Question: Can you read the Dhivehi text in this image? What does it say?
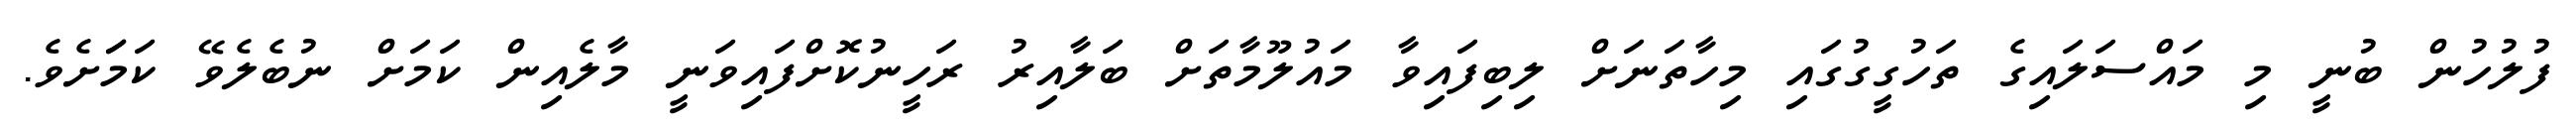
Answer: ފުލުހުން ބުނީ މި މައްސަލައިގެ ތަހުގީގުގައި މިހާތަނަށް ލިބިފައިވާ މައުލޫމާތަށް ބަލާއިރު ރަހީނުކޮށްފައިވަނީ މާލެއިން ކަމަށް ނުބެލެވޭ ކަމަަށެވެ.